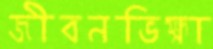
জীবনভিক্ষা